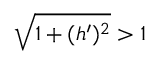
\sqrt { 1 + ( h ^ { \prime } ) ^ { 2 } } > 1